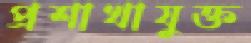
প্রশাখাযুক্ত